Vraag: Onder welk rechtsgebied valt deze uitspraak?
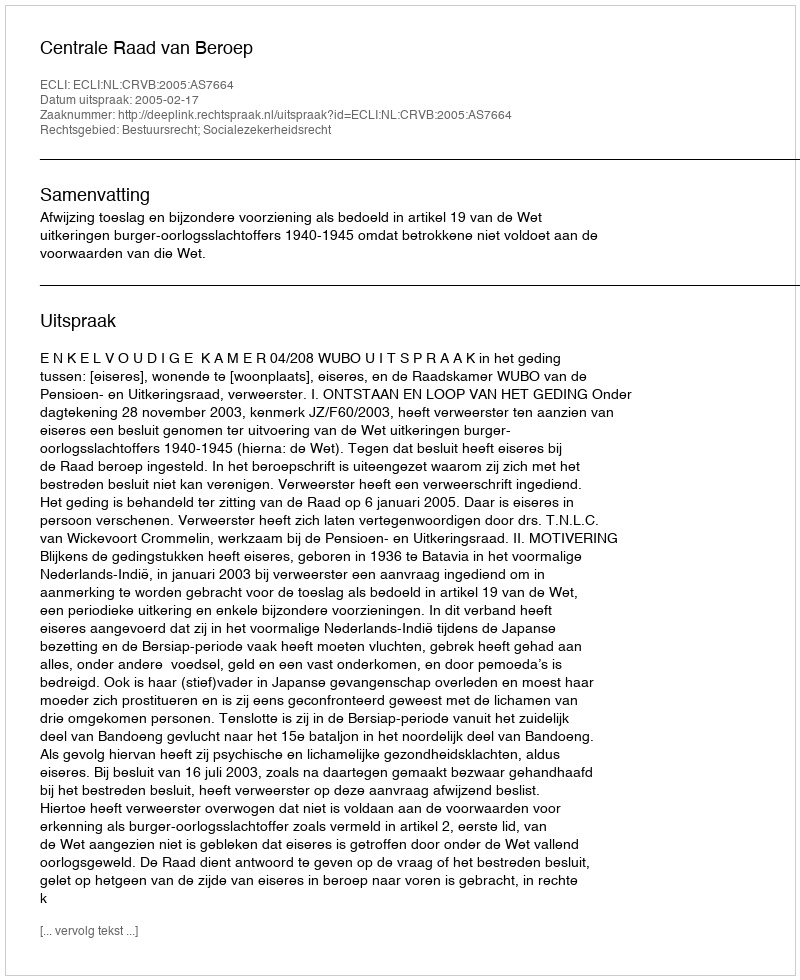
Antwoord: Bestuursrecht; Socialezekerheidsrecht